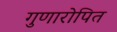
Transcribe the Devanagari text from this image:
गुणारोपित